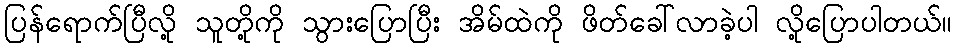
ပြန်ရောက်ပြီလို့ သူတို့ကို သွားပြောပြီး အိမ်ထဲကို ဖိတ်ခေါ်လာခဲ့ပါ လို့ပြောပါတယ်။